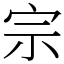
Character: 宗